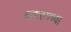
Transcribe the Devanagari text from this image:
बाथरुमच्‍या